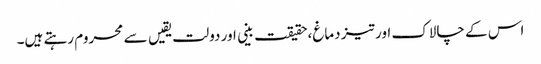
اس کے چالاک اور تیز دماغ،حقیقت بینی اور دولت یقیں سے محروم رہتے ہیں۔